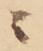
ニ